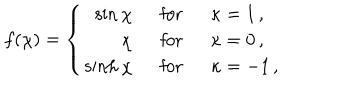
LaTeX: f ( \chi ) = \left\{ \begin{array} { r l l } { { \sin \chi \ \ } } & { { \mathrm { f o r } \ \ } } & { { \kappa = 1 \, , } } \\ { { \chi \ \ } } & { { \mathrm { f o r } } } & { { \kappa = 0 \, , } } \\ { { \sinh \chi \ \ } } & { { \mathrm { f o r } } } & { { \kappa = - 1 \, , } } \\ \end{array} \right.